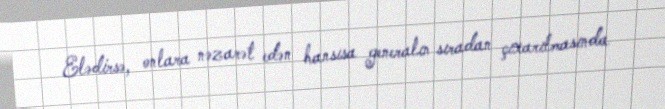
Elədirsə, onlara nəzarət edən hansısa generalın sıradan çıxarılmasında